Indian journal of veterinary science and animal husbandry - Volume 4,
Year: 1934
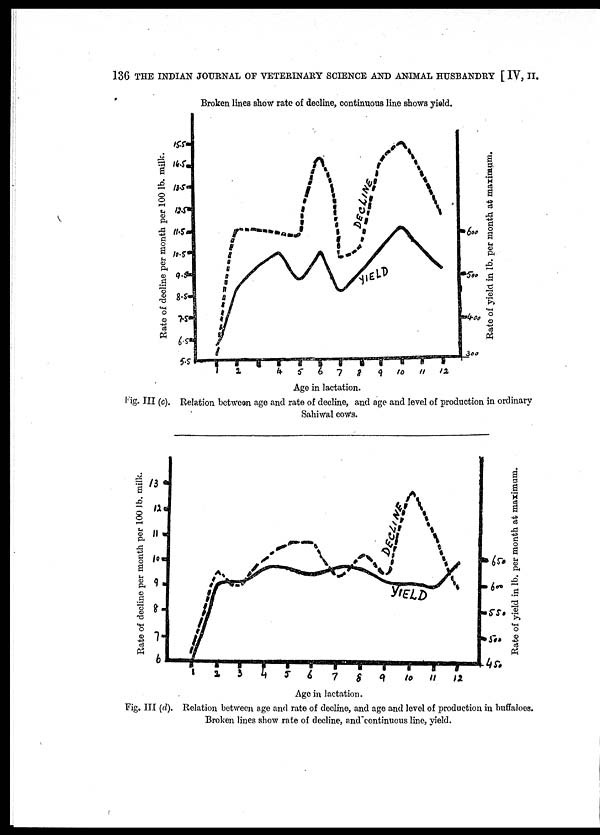
136 THE INDIAN JOURNAL OF VETERINARY SCIENCE AND ANIMAL HUSBANDRY [ IV, II.
Fig. III (c). Relation between age and rate of decline, and age and level of production in ordinary
Sahiwal cows.
Fig. III (d). Relation between age and rate of decline, and age and level of production in buffaloes.
Broken lines show rate of decline, and continuous line, yield.